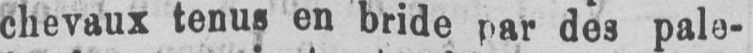
chevaux tenus en bride par des pale-